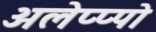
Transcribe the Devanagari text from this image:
अलेप्प्पो